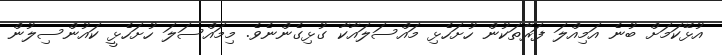
އުޅޭކަމަށް ބުނެ އަމިއްލަ ފަރާތަކުން ހުށަހެޅި މައްސަލައާކާ ގުޅިގެންނެވެ. މިމައްސަލަ ހުށަހެޅީ ކައުންސިލުން